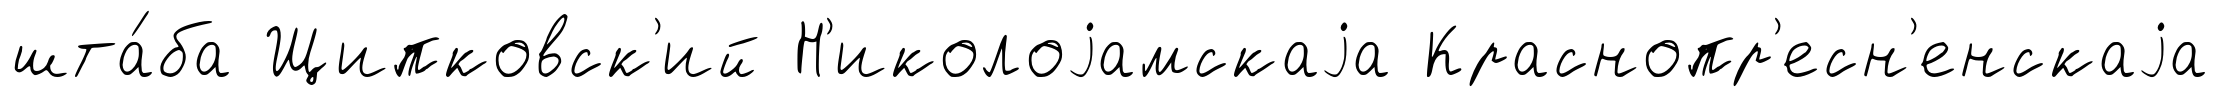
шта́ба Щипковск'ий Н'иколоjамскаjа Краснопр'есн'енскаjа